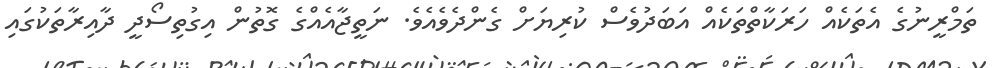
ތަމްރީނުގެ އެތަކެއް ހަރަކާތްތަކެއް އަބަދުވެސް ކުރިޔަށް ގެންދެވެއެވެ. ނަތީޖާއެއްގެ ގޮތުން އިގުތިސޯދީ ދާއިރާތަކުގައި